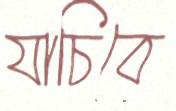
যাচিবে